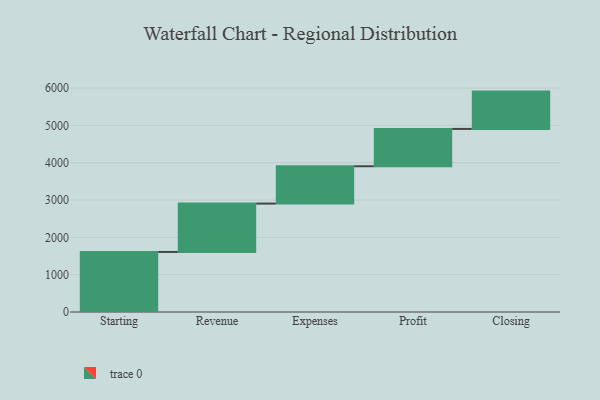
{"axis": {"x": "Step", "y": "Value"}, "legend": [""], "data": [{"x": "Starting", "y": 1609.0, "type": ""}, {"x": "Revenue", "y": 1296.0, "type": ""}, {"x": "Expenses", "y": 1000, "type": ""}, {"x": "Profit", "y": 1000, "type": ""}, {"x": "Closing", "y": 1000, "type": ""}]}